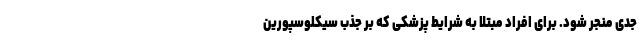
جدی منجر شود. برای افراد مبتلا به شرایط پزشکی که بر جذب سیکلوسپورین